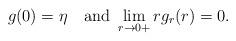
LaTeX: \begin{align*}g(0)=\eta\quad\mbox{and } \lim_{r\to0+}r g_r(r)=0.\end{align*}